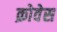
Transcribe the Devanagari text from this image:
क्रोवेस